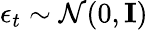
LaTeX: \epsilon_{t}\sim\mathcal{N}(0,\mathbf{I})